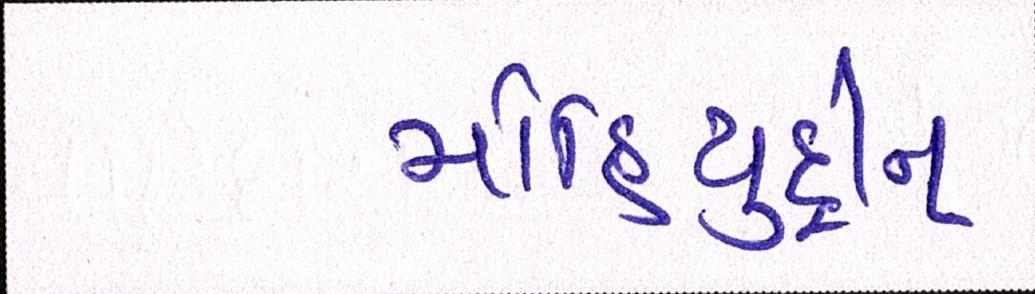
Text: મોહિયુદ્દીન